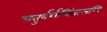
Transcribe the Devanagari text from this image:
चतुर्वर्गचिंतामणि